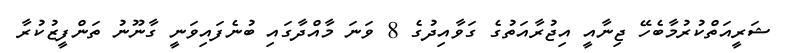
ޝަރީއަތްކުރުމާބެހޭ ޖިނާއީ އިޖުރާއަތުގެ ގަވާއިދުގެ 8 ވަނަ މާއްދާގައި ބުނެފައިވަނީ ގާނޫނު ތަންފީޒުކުރާ